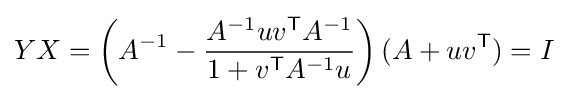
YX=\left(A^{-1}-{A^{-1}uv^{\textsf {T}}A^{-1} \over 1+v^{\textsf {T}}A^{-1}u}\right)(A+uv^{\textsf {T}})=I